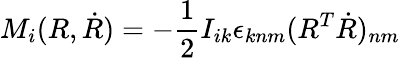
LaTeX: M_{i}(R,\dot{R})=-\frac 12I_{ik}\epsilon_{knm}(R^{T}\dot{R})_{nm}